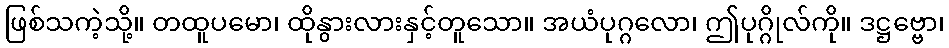
ဖြစ်သကဲ့သို့။ တထူပမော၊ ထိုနွားလားနှင့်တူသော။ အယံပုဂ္ဂလော၊ ဤပုဂ္ဂိုလ်ကို။ ဒဋ္ဌဗ္ဗော၊